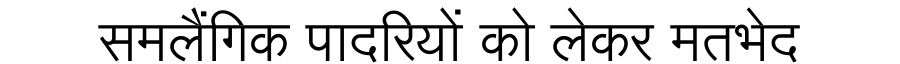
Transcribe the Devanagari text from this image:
समलैंगिक पादरियों को लेकर मतभेद